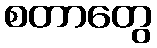
စတာတွေ